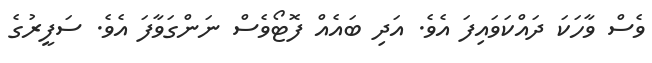
ވެސް ވާހަކަ ދައްކަވައިފަ އެވެ. އަދި ބައެއް ފޮޓޯވެސް ނަންގަވާފަ އެވެ. ސަފީރުގެ